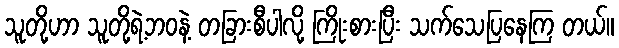
သူတို့ဟာ သူတို့ရဲ့ဘဝနဲ့ တခြားစီပါလို့ ကြိုးစားပြီး သက်သေပြနေကြ တယ်။